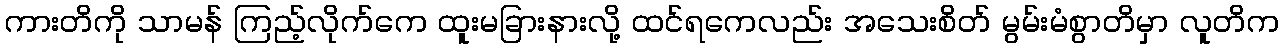
ကားတိကို သာမန် ကြည့်လိုက်ကေ ထူးမခြားနားလို့ ထင်ရကေလည်း အသေးစိတ် မွမ်းမံစွာတိမှာ လူတိက